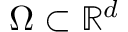
\Omega \subset \mathbb { R } ^ { d }